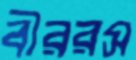
বীররস